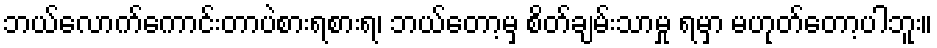
ဘယ်လောက်ကောင်းတာပဲစားရစားရ၊ ဘယ်တော့မှ စိတ်ချမ်းသာမှု ရမှာ မဟုတ်တော့ပါဘူး။